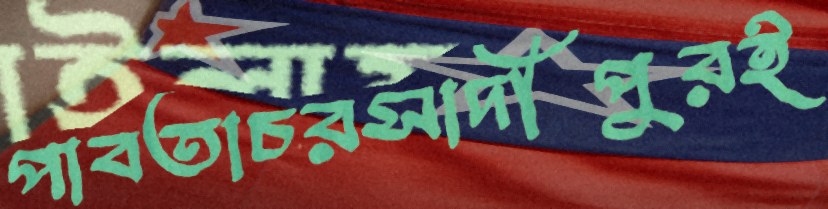
পাবতাচরসাদীপুরই